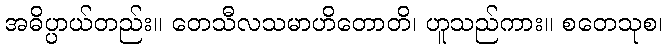
အဓိပ္ပာယ်တည်း။ တေသီလသမာဟိတောတိ၊ ဟူသည်ကား။ စတေသုစ၊